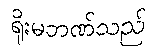
ရိုးမဘဏ်သည်